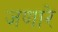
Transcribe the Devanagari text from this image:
जणारे